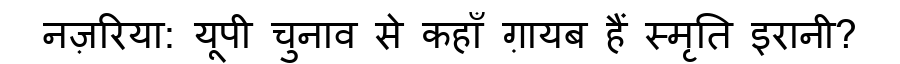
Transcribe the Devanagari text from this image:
नज़रिया: यूपी चुनाव से कहाँ ग़ायब हैं स्मृति इरानी?